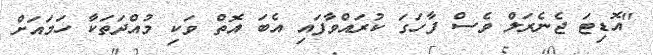
"އޮޑިޓަ ޖެނެރަލް ވެސް ފާހަގަ ކުރައްވާފައި އެބަ އޮތް ވަކި މުއްދަތަކާ ހަމައަށް